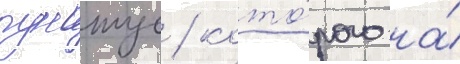
пунтус / кото́рого на́